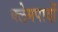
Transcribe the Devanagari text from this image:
क्लेमपादों